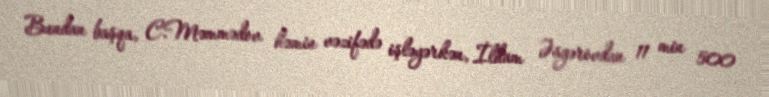
Bundan başqa, C.Məmmədov həmin vəzifədə işləyərkən, İlham Əsgərovdan 11 min 500